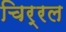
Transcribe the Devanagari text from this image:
चिर्रल